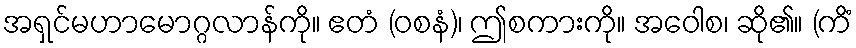
အရှင်မဟာမောဂ္ဂလာန်ကို။ ဧတံ (ဝစနံ)၊ ဤစကားကို။ အဝေါစ၊ ဆို၏။ (ကိံ